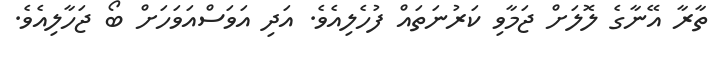
ތާރާ އޭނާގެ ލޮލަށް ޖަމާވި ކަރުނަތައް ފުހެލިއެވެ. އަދި އަވަސްއަވަހަށް ބޯ ޖަހާލިއެވެ.